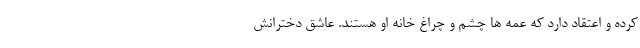
کرده و اعتقاد دارد که عمه ها چشم و چراغ خانه او هستند. عاشق دخترانش